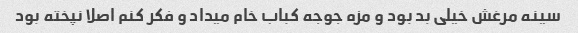
سینه مرغش خیلی بد بود و مزه جوجه کباب خام میداد و فکر کنم اصلا نپخته بود